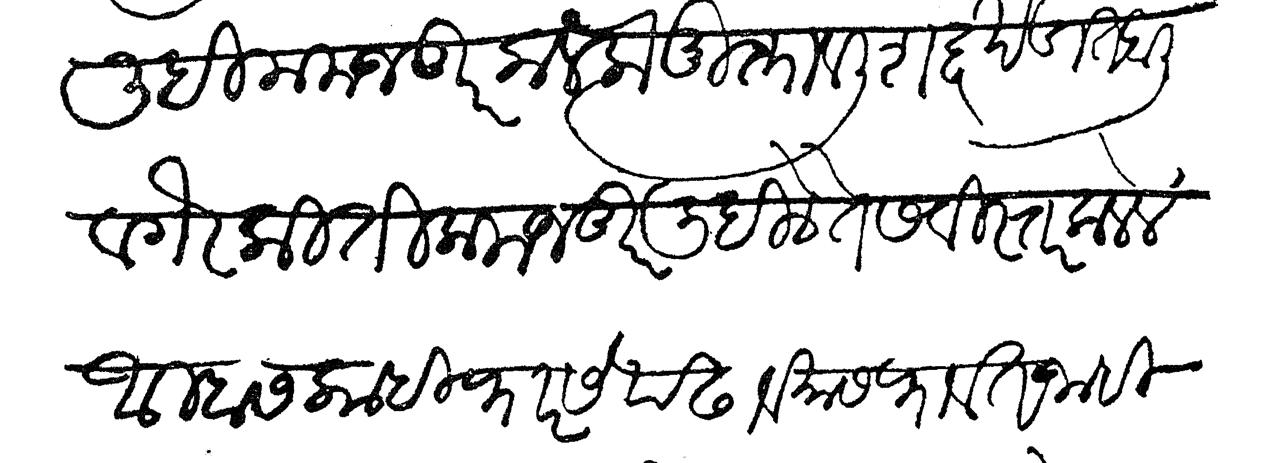
Transliteration (Devanagari): लिहिला मजकूर कळला मुक्तावली शब्द खंडीत आली वगैरे किती मजकूर लिहिले ते सविस्तर कळले आम्हास काही फारसे पढावयास फावत नाही